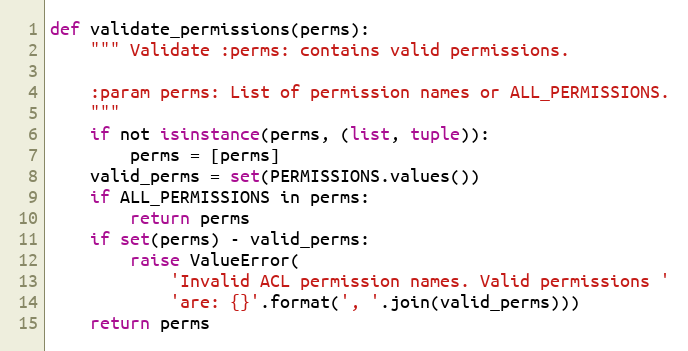
Language: Python
def validate_permissions(perms):
    """ Validate :perms: contains valid permissions.

    :param perms: List of permission names or ALL_PERMISSIONS.
    """
    if not isinstance(perms, (list, tuple)):
        perms = [perms]
    valid_perms = set(PERMISSIONS.values())
    if ALL_PERMISSIONS in perms:
        return perms
    if set(perms) - valid_perms:
        raise ValueError(
            'Invalid ACL permission names. Valid permissions '
            'are: {}'.format(', '.join(valid_perms)))
    return perms